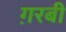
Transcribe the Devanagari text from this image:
ग़रबी